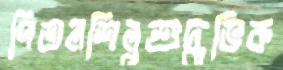
পিতলশিল্পশুদ্ধভিক